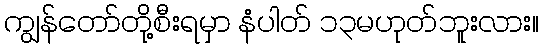
ကျွန်တော်တို့စီးရမှာ နံပါတ် ၁၃မဟုတ်ဘူးလား။